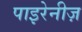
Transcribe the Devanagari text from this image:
पाइरेनीज़